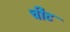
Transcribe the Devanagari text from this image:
चीट